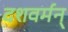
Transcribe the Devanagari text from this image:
दशवर्मन्‌